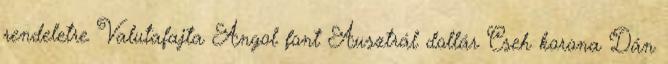
rendeletre Valutafajta Angol font Ausztrál dollár Cseh korona Dán